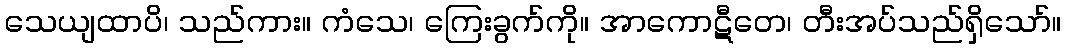
သေယျထာပိ၊ သည်ကား။ ကံသေ၊ ကြေးခွက်ကို။ အာကောဋီတေ၊ တီးအပ်သည်ရှိသော်။